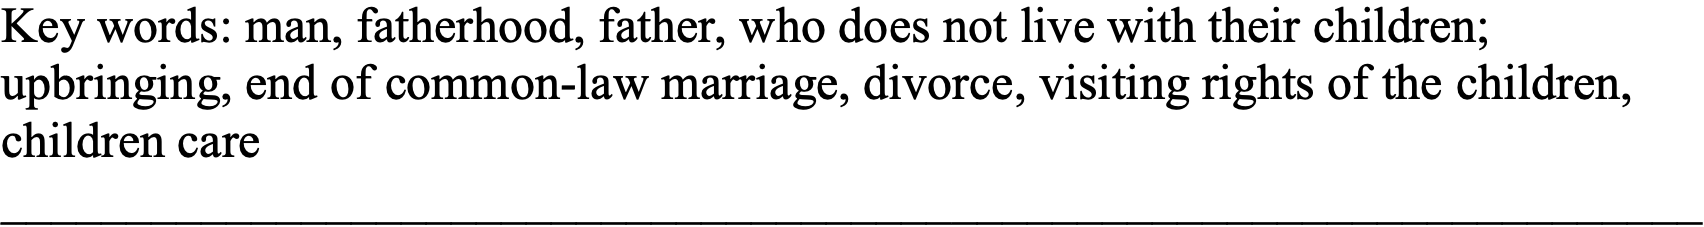
Key words: man, fatherhood, father, who does not live with their children; upbringing, end of common-law marriage, divorce, visiting rights of the children, children care ____________________________________________________________________